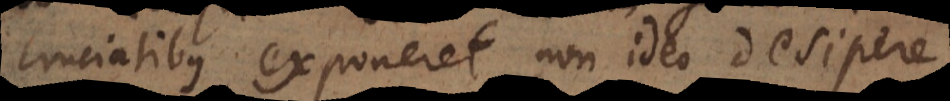
cruciatibus exponeret, non ideo desipere